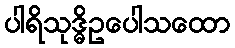
ပါရိသုဒ္ဓိဥပေါသထော